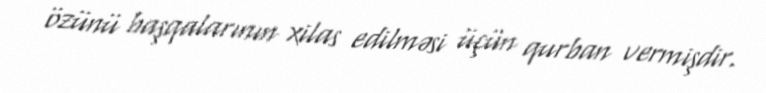
özünü başqalarının xilas edilməsi üçün qurban vermişdir.